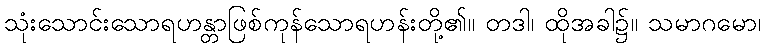
သုံးသောင်းသောရဟန္တာဖြစ်ကုန်သောရဟန်းတို့၏။ တဒါ၊ ထိုအခါ၌။ သမာဂမော၊